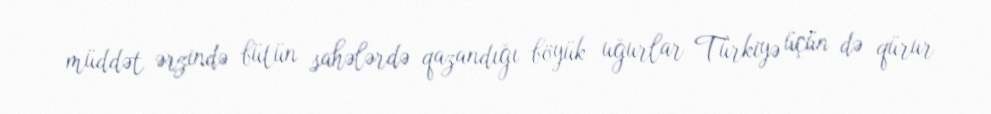
müddət ərzində bütün sahələrdə qazandığı böyük uğurlar Türkiyə üçün də qürur